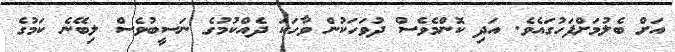
އަށް ބެލުމަށްފަހުގައެވެ. އަދި ކޮންމެވެސް ދުވަހަކުން ވާހަކަ ދެއްކުމުގެ ނަސީބުވެސް ލިބޭނެ ކަމުގެ